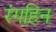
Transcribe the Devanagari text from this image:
रंगहिन